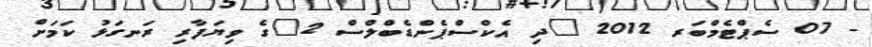
- 07 ސެޕްޓެމްބަރ 2012 "ދި އެކްސްޕެންޑެބްލްސް 2"ގެ ވިޔަފާރި ރަނގަޅު ކަމަށް